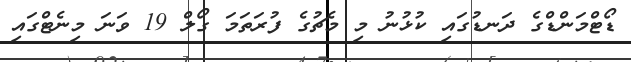
ޑޯޓްމަންޑްގެ ދަނޑުގައި ކުޅުނު މި މެޗުގެ ފުރަތަމަ ގޯލް 19 ވަނަ މިނެޓްގައި